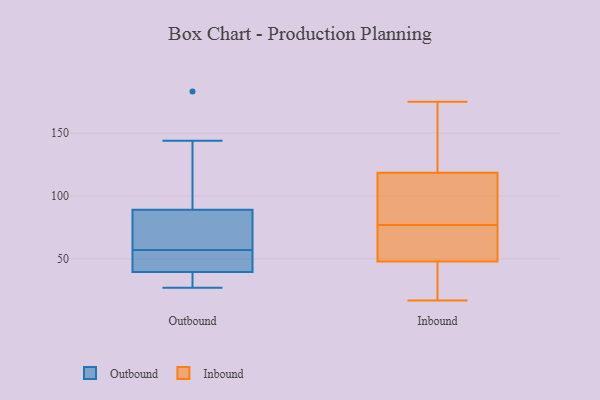
{"axis": {"x": "Budget (USD K)", "y": "Value"}, "legend": ["Inbound", "Outbound"], "data": [{"x": "", "y": 30, "type": "Outbound"}, {"x": "", "y": 144, "type": "Outbound"}, {"x": "", "y": 92, "type": "Outbound"}, {"x": "", "y": 61, "type": "Outbound"}, {"x": "", "y": 27, "type": "Outbound"}, {"x": "", "y": 119, "type": "Outbound"}, {"x": "", "y": 133, "type": "Outbound"}, {"x": "", "y": 51, "type": "Outbound"}, {"x": "", "y": 86, "type": "Outbound"}, {"x": "", "y": 38, "type": "Outbound"}, {"x": "", "y": 48, "type": "Outbound"}, {"x": "", "y": 36, "type": "Outbound"}, {"x": "", "y": 183, "type": "Outbound"}, {"x": "", "y": 49, "type": "Outbound"}, {"x": "", "y": 78, "type": "Outbound"}, {"x": "", "y": 41, "type": "Outbound"}, {"x": "", "y": 53, "type": "Outbound"}, {"x": "", "y": 78, "type": "Outbound"}, {"x": "", "y": 30, "type": "Outbound"}, {"x": "", "y": 63, "type": "Outbound"}, {"x": "", "y": 21, "type": "Inbound"}, {"x": "", "y": 89, "type": "Inbound"}, {"x": "", "y": 75, "type": "Inbound"}, {"x": "", "y": 72, "type": "Inbound"}, {"x": "", "y": 156, "type": "Inbound"}, {"x": "", "y": 67, "type": "Inbound"}, {"x": "", "y": 98, "type": "Inbound"}, {"x": "", "y": 141, "type": "Inbound"}, {"x": "", "y": 29, "type": "Inbound"}, {"x": "", "y": 44, "type": "Inbound"}, {"x": "", "y": 17, "type": "Inbound"}, {"x": "", "y": 172, "type": "Inbound"}, {"x": "", "y": 77, "type": "Inbound"}, {"x": "", "y": 83, "type": "Inbound"}, {"x": "", "y": 111, "type": "Inbound"}, {"x": "", "y": 60, "type": "Inbound"}, {"x": "", "y": 121, "type": "Inbound"}, {"x": "", "y": 28, "type": "Inbound"}, {"x": "", "y": 175, "type": "Inbound"}]}